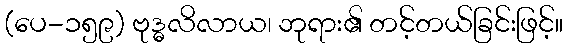
(ပေ-၁၅၉) ဗုဒ္ဓလိလာယ၊ ဘုရား၏ တင့်တယ်ခြင်းဖြင့်။